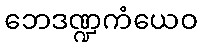
ဘေဒဏ္ဍကံယေဝ